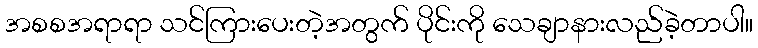
အစစအရာရာ သင်ကြားပေးတဲ့အတွက် ပိုင်းကို သေချာနားလည်ခဲ့တာပါ။